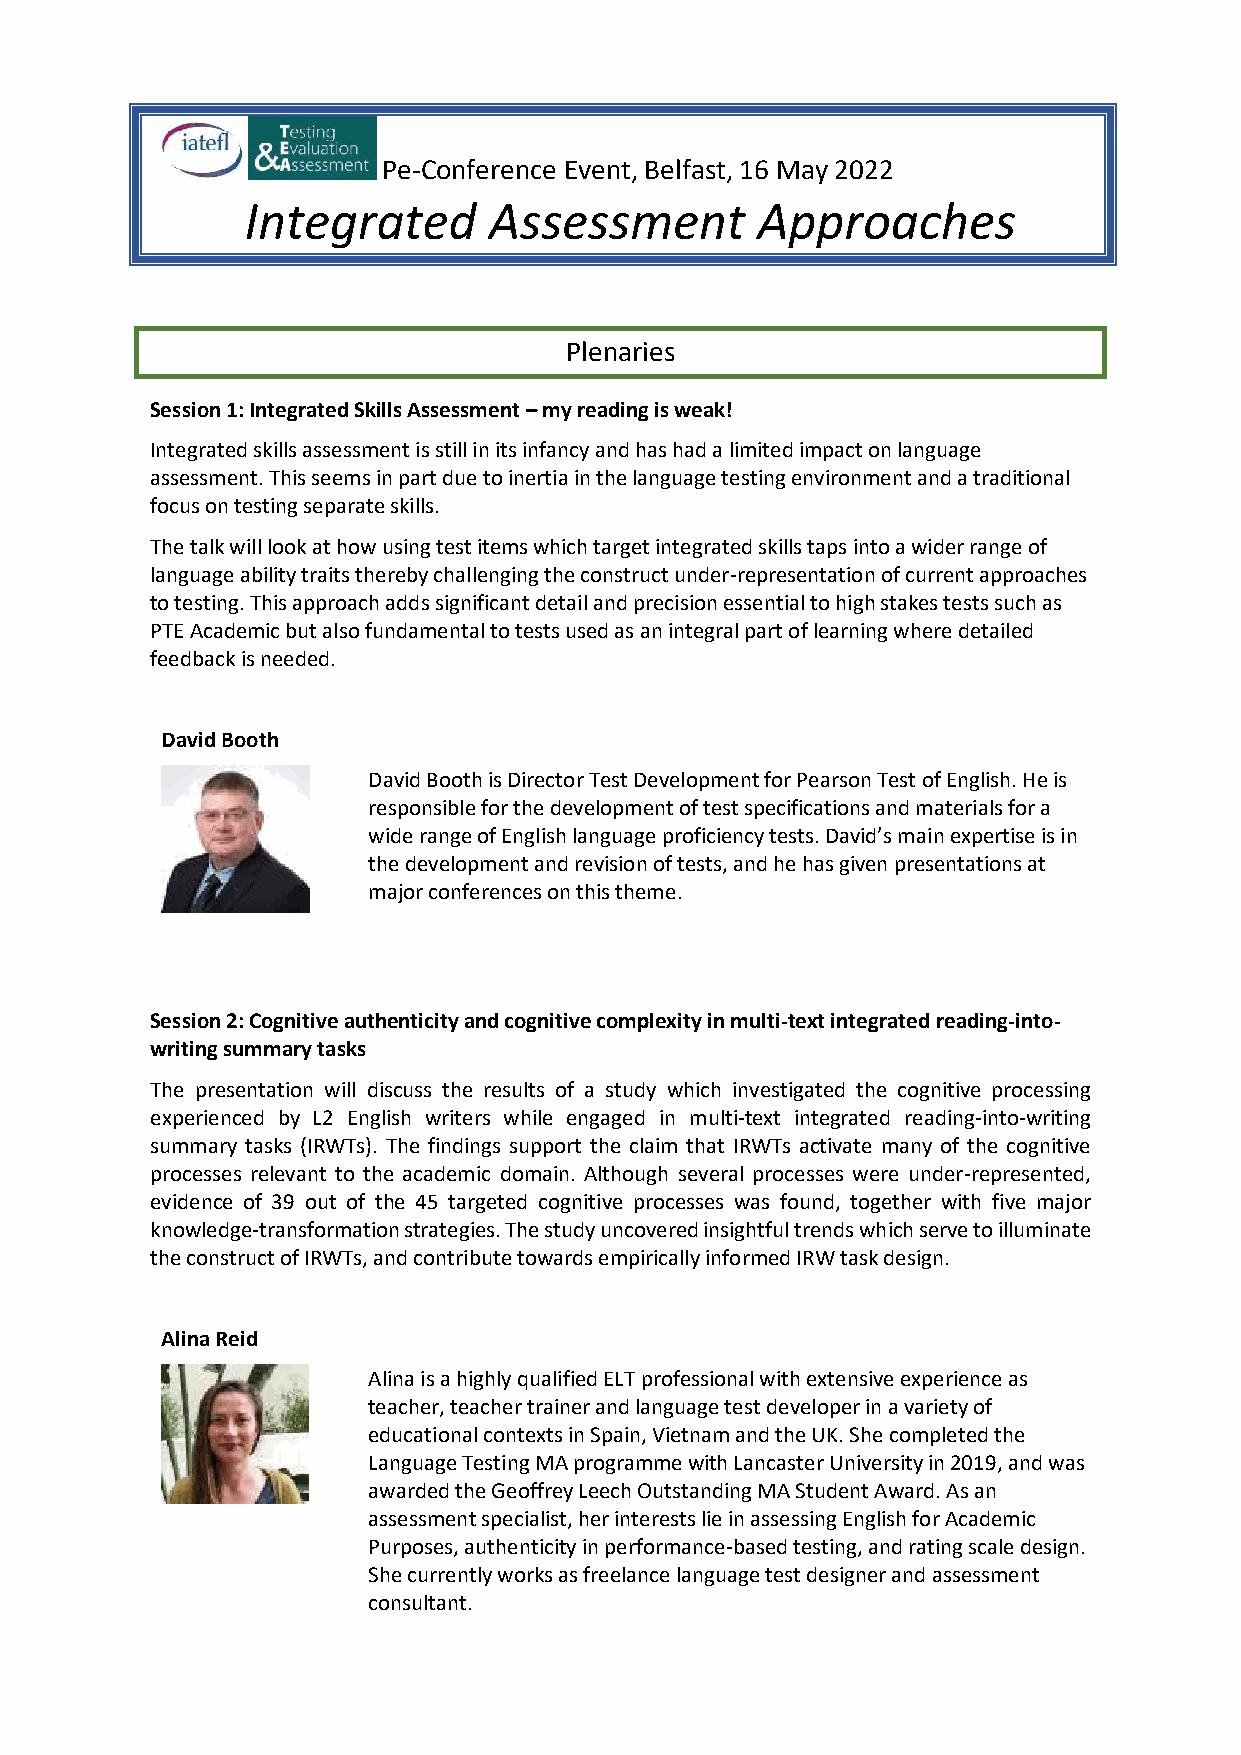
Pe-Conference Event, Belfast, 16 May 2022
 Integrated      Assessment        Approaches
 Plenaries
 Session 1: Integrated Skills Assessment – my reading is weak!
 Integrated skills assessment is still in its infancy and has had a limited impact on language
 assessment. This seems in part due to inertia in the language testing environment and a traditional
 focus on testing separate skills.
 The talk will look at how using test items which target integrated skills taps into a wider range of
 language ability traits thereby challenging the construct under-representation of current approaches
 to testing. This approach adds significant detail and precision essential to high stakes tests such as
 PTE Academic but also fundamental to tests used as an integral part of learning where detailed
 feedback is needed.
 David Booth
 David Booth is Director Test Development for Pearson Test of English. He is
 responsible for the development of test specifications and materials for a
 wide range of English language proficiency tests. David’s main expertise is in
 the development and revision of tests, and he has given presentations at
 major conferences on this theme.
 Session 2: Cognitive authenticity and cognitive complexity in multi-text integrated reading-into-
 writing summary tasks
 The presentation will discuss the results of a study which investigated the cognitive processing
 experienced by L2 English writers while engaged in multi-text integrated reading-into-writing
 summary tasks (IRWTs). The findings support the claim that IRWTs activate many of the cognitive
 processes relevant to the academic domain. Although several processes were under-represented,
 evidence of 39 out of the 45 targeted cognitive processes was found, together with five major
 knowledge-transformation strategies. The study uncovered insightful trends which serve to illuminate
 the construct of IRWTs, and contribute towards empirically informed IRW task design.
 Alina Reid
 Alina is a highly qualified ELT professional with extensive experience as
 teacher, teacher trainer and language test developer in a variety of
 educational contexts in Spain, Vietnam and the UK. She completed the
 Language Testing MA programme with Lancaster University in 2019, and was
 awarded the Geoffrey Leech Outstanding MA Student Award. As an
 assessment specialist, her interests lie in assessing English for Academic
 Purposes, authenticity in performance-based testing, and rating scale design.
 She currently works as freelance language test designer and assessment
 consultant.